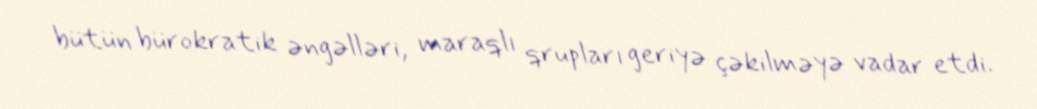
bütün bürokratik əngəlləri, maraqlı qrupları geriyə çəkilməyə vadar etdi.